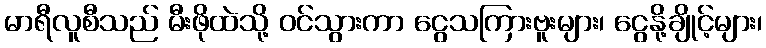
မာရီလူစီသည် မီးဖိုထဲသို့ ဝင်သွားကာ ငွေသကြားဗူးများ၊ ငွေနို့ချိုင့်များ၊